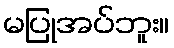
မပြုအပ်ဘူး။